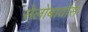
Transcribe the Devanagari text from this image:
सेलोबायोस